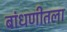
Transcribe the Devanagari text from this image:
बांधणीतला